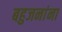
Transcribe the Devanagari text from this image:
बहुजनांना